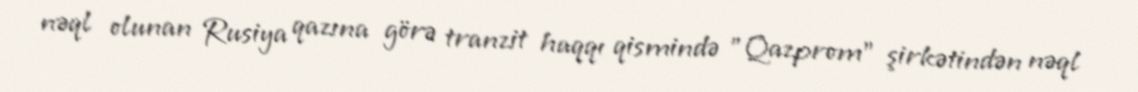
nəql olunan Rusiya qazına görə tranzit haqqı qismində "Qazprom" şirkətindən nəql